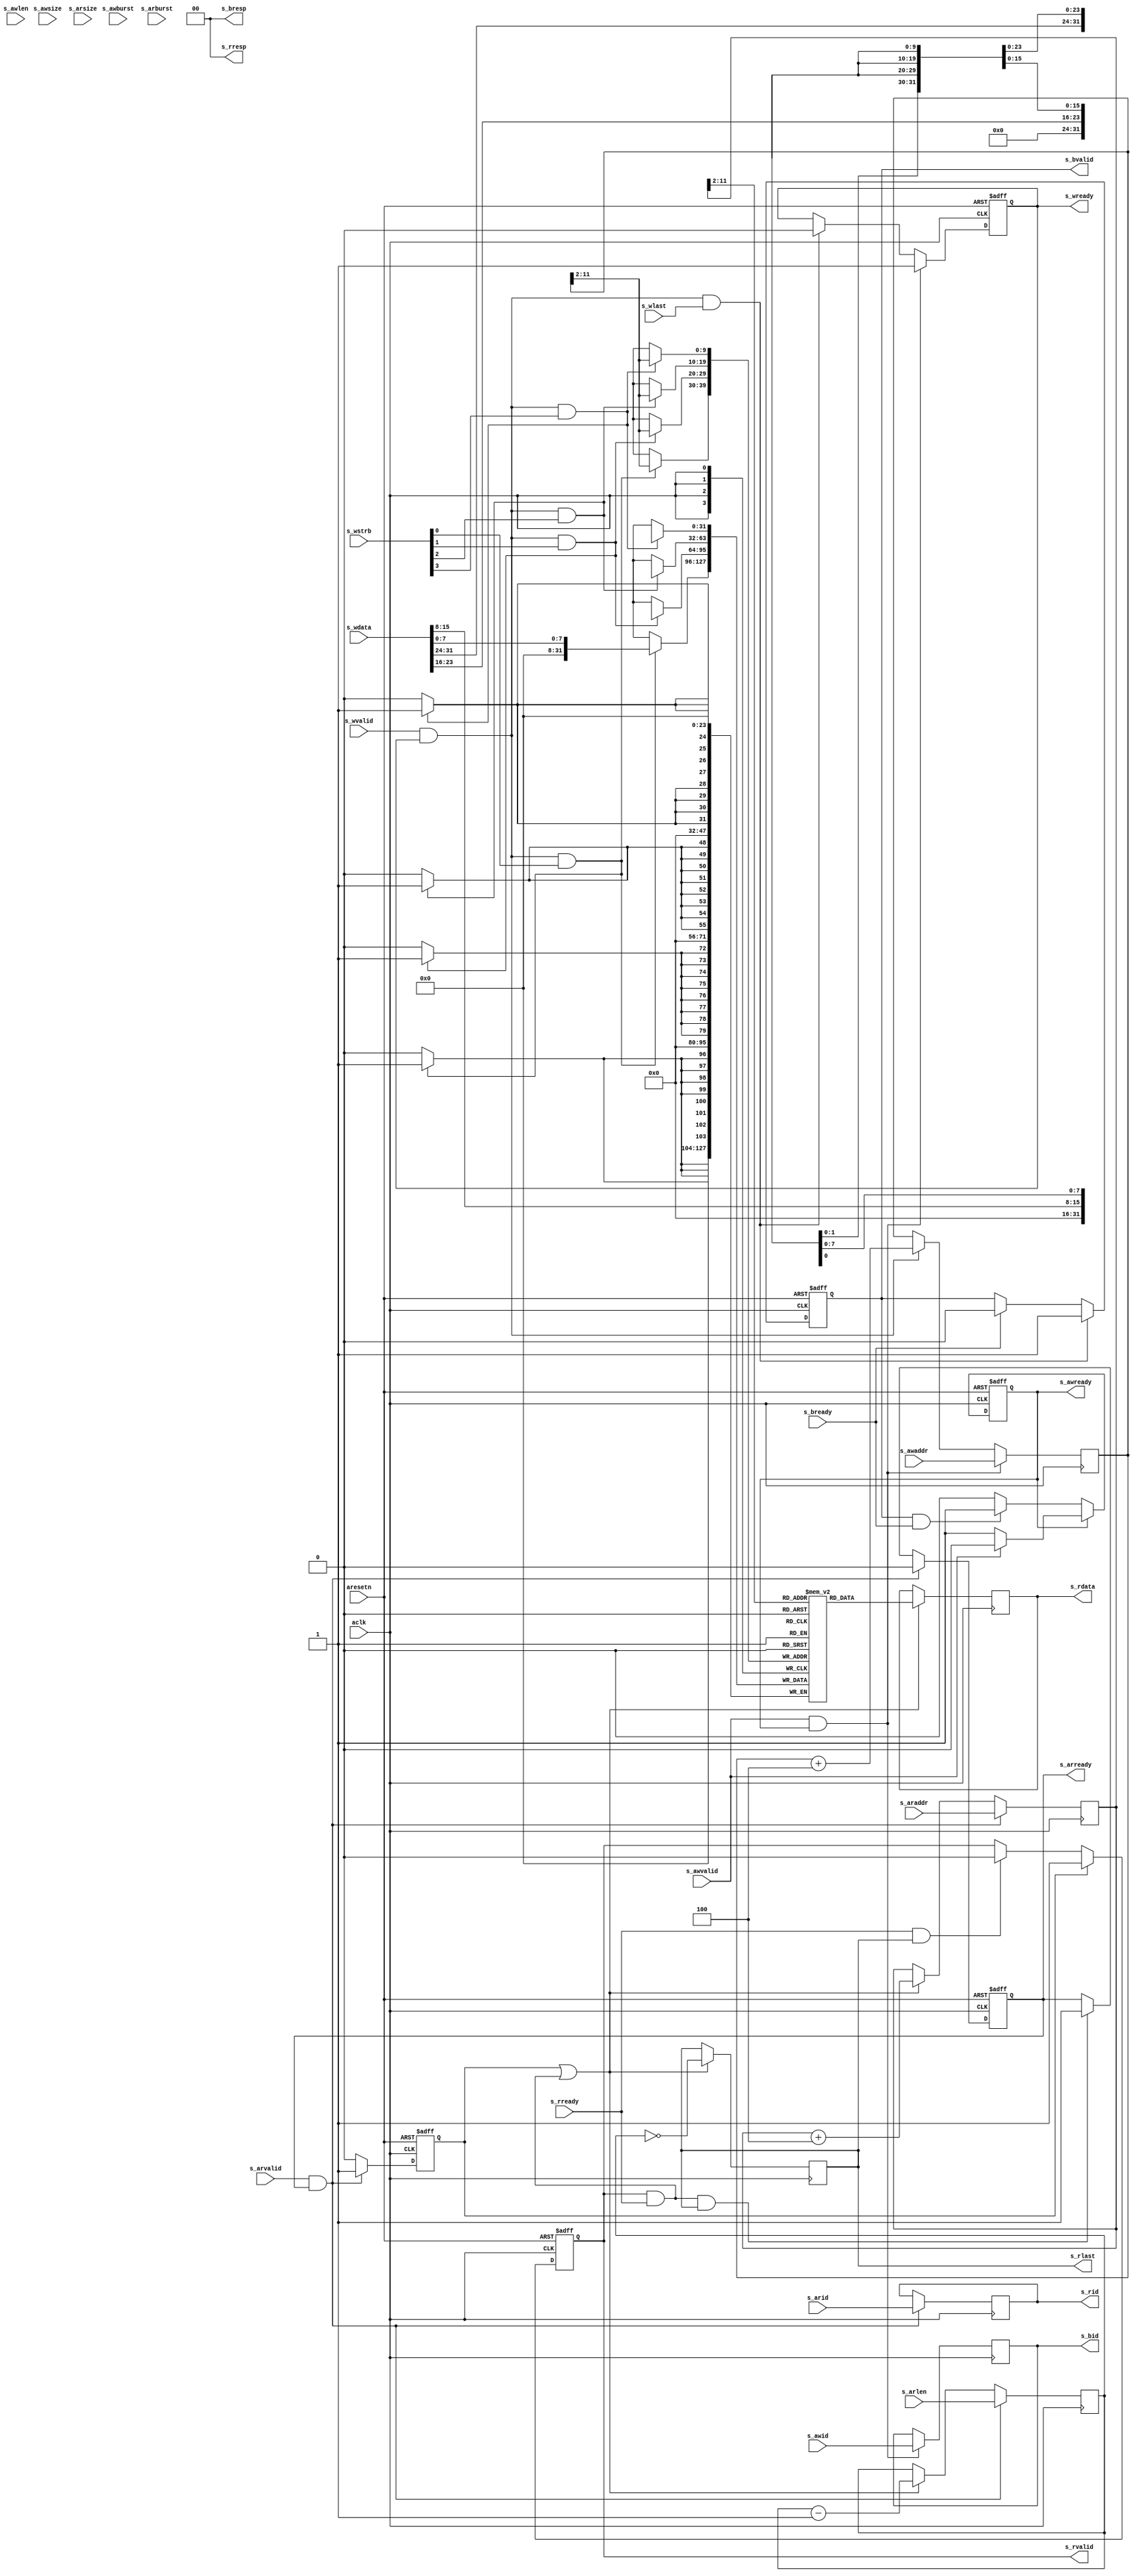
//% Parametric AXI4 RAM module
`timescale 1ns/1ps
module axi_ram (
	// AXI Clock & Reset
	aresetn,
	aclk,

	// AXI Master Write Address
	s_awid,
	s_awaddr,
	s_awlen,
	s_awsize,
	s_awburst,
	s_awvalid,
	s_awready,

	// AXI Master Write Data
	s_wdata,
	s_wstrb,
	s_wlast,
	s_wvalid,
	s_wready,

	// AXI Master Write Response
	s_bready,
	s_bid,
	s_bresp,
	s_bvalid,

	// AXI Master Read Address
	s_arid,
	s_araddr,
	s_arlen,
	s_arsize,
	s_arburst,
	s_arvalid,
	s_arready,

	// AXI Master Read Data
	s_rready,
 	s_rid,
	s_rdata,
 	s_rresp,
	s_rlast,
	s_rvalid
);

parameter MEMORY_DEPTH=1024;
parameter ID_WIDTH=4;
parameter DATA_WIDTH=32;

function integer clogb2 (input integer size);
begin
	size = size - 1;
	for (clogb2=1; size>1; clogb2=clogb2+1)
		size = size >> 1;
end
endfunction

localparam STRB_WIDTH=DATA_WIDTH/8;
localparam MEM_ADDR_LSB = clogb2(STRB_WIDTH);
localparam MEM_ADDR_MSB = clogb2(MEMORY_DEPTH)+MEM_ADDR_LSB-1;

// AXI Clock & Reset
input	aresetn;
input	aclk;

// AXI Master Write Address
input	[ID_WIDTH-1:0]	s_awid;
input	[MEM_ADDR_MSB:0]	s_awaddr;
input	[7:0]	s_awlen;
input	[2:0]	s_awsize;
input	[1:0]	s_awburst;
input	s_awvalid;
output reg	s_awready;

// AXI Master Write Data
input	[DATA_WIDTH-1:0]	s_wdata;
input	[STRB_WIDTH-1:0]	s_wstrb;
input	s_wlast;
input	s_wvalid;
output reg	s_wready;

// AXI Master Write Response
input	s_bready;
output [ID_WIDTH-1:0]	s_bid;
output [1:0]	s_bresp;
output reg	s_bvalid;

// AXI Master Read Address
input	[ID_WIDTH-1:0]	s_arid;
input	[MEM_ADDR_MSB:0]	s_araddr;
input	[7:0]	s_arlen;
input	[2:0]	s_arsize;
input	[1:0]	s_arburst;
input	s_arvalid;
output reg	s_arready;

// AXI Master Read Data
input	s_rready;
output [ID_WIDTH-1:0]	s_rid;
output reg	[DATA_WIDTH-1:0]	s_rdata;
output [1:0]	s_rresp;
output reg	s_rlast;
output reg	s_rvalid;

// Local connections
reg	[MEM_ADDR_MSB:0]	write_addr;
reg	[MEM_ADDR_MSB:0]	read_addr;
reg	[7:0]	read_len;
reg	[ID_WIDTH-1:0]	write_id;
reg	[ID_WIDTH-1:0]	read_id;
reg read_start;

wire write_strobe;
wire read_strobe;

assign s_bid = write_id;
assign s_bresp = 2'b0;
assign s_rid = read_id;
assign s_rresp = 2'b0;

assign write_strobe = (s_wvalid && s_wready);
assign read_strobe = (read_start || (s_rvalid && s_rready));

////////////////////////////////////////////////////////////////////////////////
// Write Stage
//% Address Acknowledge
always @(posedge aclk,negedge aresetn)
begin
	if(!aresetn) begin
		s_awready <= 1'b1;
	end
	else if(s_awready) begin
		if(s_awvalid) begin
			s_awready <= 1'b0;
		end
	end
	else if(s_bvalid && s_bready) begin
		s_awready <= 1'b1;
	end
end

//% Data Acknowledge
always @(posedge aclk,negedge aresetn)
begin
	if(!aresetn) begin
		s_wready <= 1'b0;
	end
	else if(s_awvalid && s_awready) begin
		s_wready <= 1'b1;
	end
	else if(s_wvalid && s_wready && s_wlast) begin
		s_wready <= 1'b0;
	end
end

//% Write ID Latch 
always @(posedge aclk)
begin
	if(s_awvalid && s_awready) begin
		write_id <= s_awid;
	end
end

//% Write Addressing
always @(posedge aclk)
begin
	if(s_awvalid && s_awready) begin
		write_addr <= s_awaddr;
	end
	else if(s_wvalid && s_wready) begin
		write_addr <= write_addr + STRB_WIDTH;
	end
end

//% Write Response
always @(posedge aclk,negedge aresetn)
begin
	if(!aresetn) begin
		s_bvalid <= 1'b0;
	end
	else if(s_wvalid && s_wready && s_wlast) begin
		s_bvalid <= 1'b1;
	end
	else if(s_bready) begin
		s_bvalid <= 1'b0;
	end
end

////////////////////////////////////////////////////////////////////////////////
// Read Stage
//% Read Address Acknowledge
always @(posedge aclk, negedge aresetn)
begin
	if(!aresetn) begin
		s_arready <= 1'b1;
	end
	else if(s_arvalid && s_arready) begin
		s_arready <= 1'b0;
	end
	else if(s_rvalid && s_rready && s_rlast) begin
		s_arready <= 1'b1;
	end
end

//% Read Strobe Start
always @(posedge aclk, negedge aresetn)
begin
	if(!aresetn) begin
		read_start <= 1'b0;
	end
	else if(s_arvalid && s_arready) begin
		read_start <= 1'b1;
	end
	else begin
		read_start <= 1'b0;
	end
end

//% Read ID Latch
always @(posedge aclk)
begin
	if(s_arvalid && s_arready) begin
		read_id <= s_arid;
	end
end

//% Read Length Couting
always @(posedge aclk)
begin
	if(s_arvalid && s_arready) begin
		read_len <= s_arlen;
	end
	else if(read_strobe) begin
		read_len <= read_len-1;
	end
end

//% Read Response Last Detection
always @(posedge aclk)
begin
	if(read_strobe) begin
		s_rlast <= (read_len==0);
	end
end

//% Read Data Response
always @(posedge aclk, negedge aresetn) 
begin
	if(!aresetn) begin
		s_rvalid <= 1'b0;
	end
	else if(read_start) begin
		s_rvalid <= 1'b1;
	end
	else if(s_rready && s_rlast) begin
		s_rvalid <= 1'b0;
	end
end

//% Read Addressing
always @(posedge aclk)
begin
	if(s_arvalid && s_arready) begin
		read_addr <= s_araddr;
	end
	else if(read_strobe) begin
		read_addr <= read_addr + STRB_WIDTH;
	end
end

//% Internal Memory
reg [DATA_WIDTH-1:0] mem[0:MEMORY_DEPTH-1];

//% Memory Write
generate
genvar i;
for(i=0;i<STRB_WIDTH;i=i+1) begin:WRITE
	always @(posedge aclk) 
	begin
		if(write_strobe && s_wstrb[i])
			mem[write_addr[MEM_ADDR_MSB:MEM_ADDR_LSB]][i*8+7:i*8] 
				<= s_wdata[i*8+7:i*8];
	end
end
endgenerate

//% Memory Read
always @(posedge aclk)
begin
	if(read_strobe)
		s_rdata <= mem[read_addr[MEM_ADDR_MSB:MEM_ADDR_LSB]];
end

/* synthesis translate_off */

task init(input [DATA_WIDTH-1:0] data);
	integer i;
begin
	for(i=0;i<MEMORY_DEPTH;i=i+1) 
		mem[i] = data;
end
endtask

task write(input [MEM_ADDR_MSB:0] addr, input [DATA_WIDTH-1:0] data);
begin
	mem[addr[MEM_ADDR_MSB:MEM_ADDR_LSB]] = data;
end
endtask

function [DATA_WIDTH-1:0] read(input [MEM_ADDR_MSB:0] addr);
begin
	read = mem[addr[MEM_ADDR_MSB:MEM_ADDR_LSB]];
end
endfunction

/* synthesis translate_on*/

endmodule